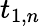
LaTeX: t_{1,n}